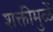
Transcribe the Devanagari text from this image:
शक्तीमुळें